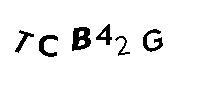
TCB42G